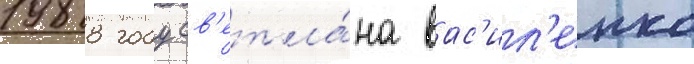
1988 году св'етла́на вас'ил'енко